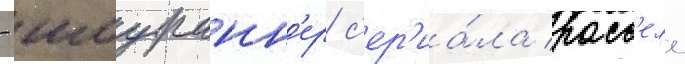
- шоуранн'ер с'ер'иа́ла расс'елл